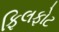
ફિલફોટ